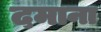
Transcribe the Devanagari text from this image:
दमाना